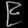
Digit: ၉